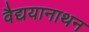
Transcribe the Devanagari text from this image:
वैद्ययानाथन